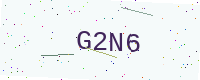
Text: G2N6